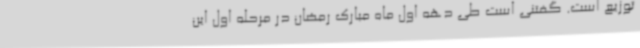
توزیع است. گفتنی است طی دهه اول ماه مبارک رمضان در مرحله اول این